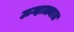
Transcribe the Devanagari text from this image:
ऊन्हाळ्यात